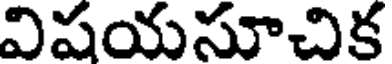
విషయసూచిక